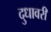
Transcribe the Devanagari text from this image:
दुधावरी